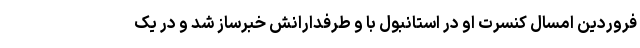
فروردین امسال کنسرت او در استانبول با و طرفدارانش خبرساز شد و در یک